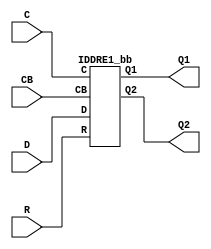
///////////////////////////////////////////////////////////////////////////////
//  Copyright (c) 1995/2015 Xilinx, Inc.
//  All Right Reserved.
///////////////////////////////////////////////////////////////////////////////
//   ____   ____
//  /   /\/   / 
// /___/  \  /     Vendor      : Xilinx 
// \   \   \/      Version     : 2015.4
//  \   \          Description : Xilinx Formal Library Component
//  /   /                        Dedicated Dual Data Rate (DDR) Input Register
// /___/   /\      Filename    : IDDRE1.v
// \   \  /  \ 
//  \___\/\___\                    
//                                 
///////////////////////////////////////////////////////////////////////////////
//  Revision:
//    10/31/14 - 828995 - Added inverter functionality for IS_*_INVERTED parameter
//    05/29/15 - Added IS_CB_INVERTED, IDDRE1_BB
//  End Revision:
///////////////////////////////////////////////////////////////////////////////

`timescale 1 ps / 1 ps

`celldefine

module IDDRE1 #(
  `ifdef XIL_TIMING
  parameter LOC = "UNPLACED",  
  `endif
  parameter DDR_CLK_EDGE = "OPPOSITE_EDGE",
  parameter [0:0] IS_CB_INVERTED = 1'b0,
  parameter [0:0] IS_C_INVERTED = 1'b0
)(
  output Q1,
  output Q2,

  input C,
  input CB,
  input D,
  input R
);
  
  wire CB_in;
  wire C_in;
  
  assign CB_in = CB ^ IS_CB_INVERTED;
  assign C_in = C ^ IS_C_INVERTED;

IDDRE1_bb inst_bb (
  .Q1(Q1),
  .Q2(Q2),

  .C(C_in),
  .CB(CB_in),
  .D(D),
  .R(R)
);

endmodule

module IDDRE1_bb (
  output Q1,
  output Q2,

  input C,
  input CB,
  input D,
  input R
);

endmodule
  
`endcelldefine